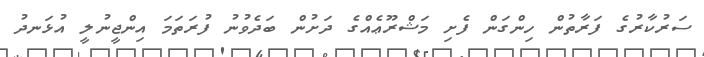
ސަރުކާރުގެ ފަރާތުން ހިންގަން ފެށި މަޝްރޫޢެއްގެ ދަށުން ބަދެވުނު ފުރަތަމަ އިންޖީނުލީ އުޅަނދު